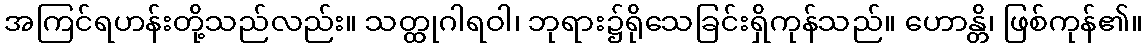
အကြင်ရဟန်းတို့သည်လည်း။ သတ္ထုဂါရဝါ၊ ဘုရား၌ရိုသေခြင်းရှိကုန်သည်။ ဟောန္တိ၊ ဖြစ်ကုန်၏။